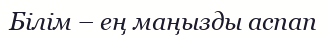
Білім – ең маңызды аспап